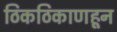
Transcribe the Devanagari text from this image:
ठिकठिकाणहून